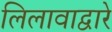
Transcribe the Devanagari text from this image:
लिलावाद्वारे